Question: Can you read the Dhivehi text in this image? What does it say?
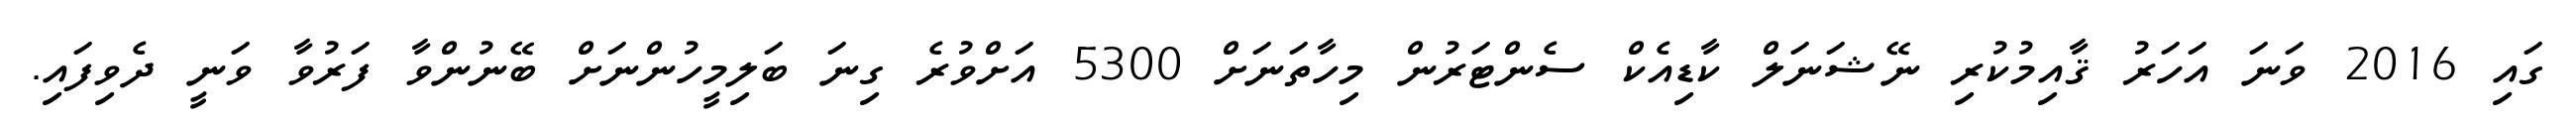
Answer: ގައި 2016 ވަނަ އަހަރު ޤާއިމުކުރި ނޭޝަނަލް ކާޑިއެކް ސެންޓަރުން މިހާތަނަށް 5300 އަށްވުރެ ގިނަ ބަލިމީހުންނަށް ބޭނުންވާ ފަރުވާ ވަނީ ދެވިފައި.